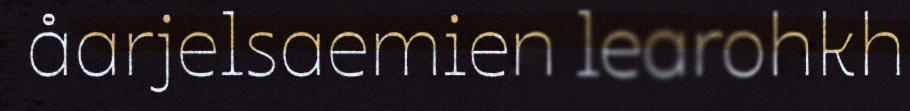
åarjelsaemien learohkh